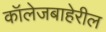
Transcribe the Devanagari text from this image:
कॉलेजबाहेरील